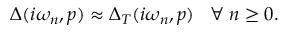
\Delta ( i \omega _ { n } , p ) \approx \Delta _ { T } ( i \omega _ { n } , p ) \; \; \; \forall \; n \geq 0 .